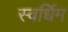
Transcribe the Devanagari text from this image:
स्वर्धिम